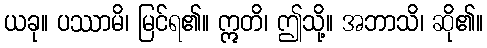
ယခု။ ပဿာမိ၊ မြင်ရ၏။ ဣတိ၊ ဤသို့။ အဘာသိ၊ ဆို၏။